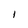
Character: I